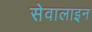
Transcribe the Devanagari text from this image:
सेवालाइन